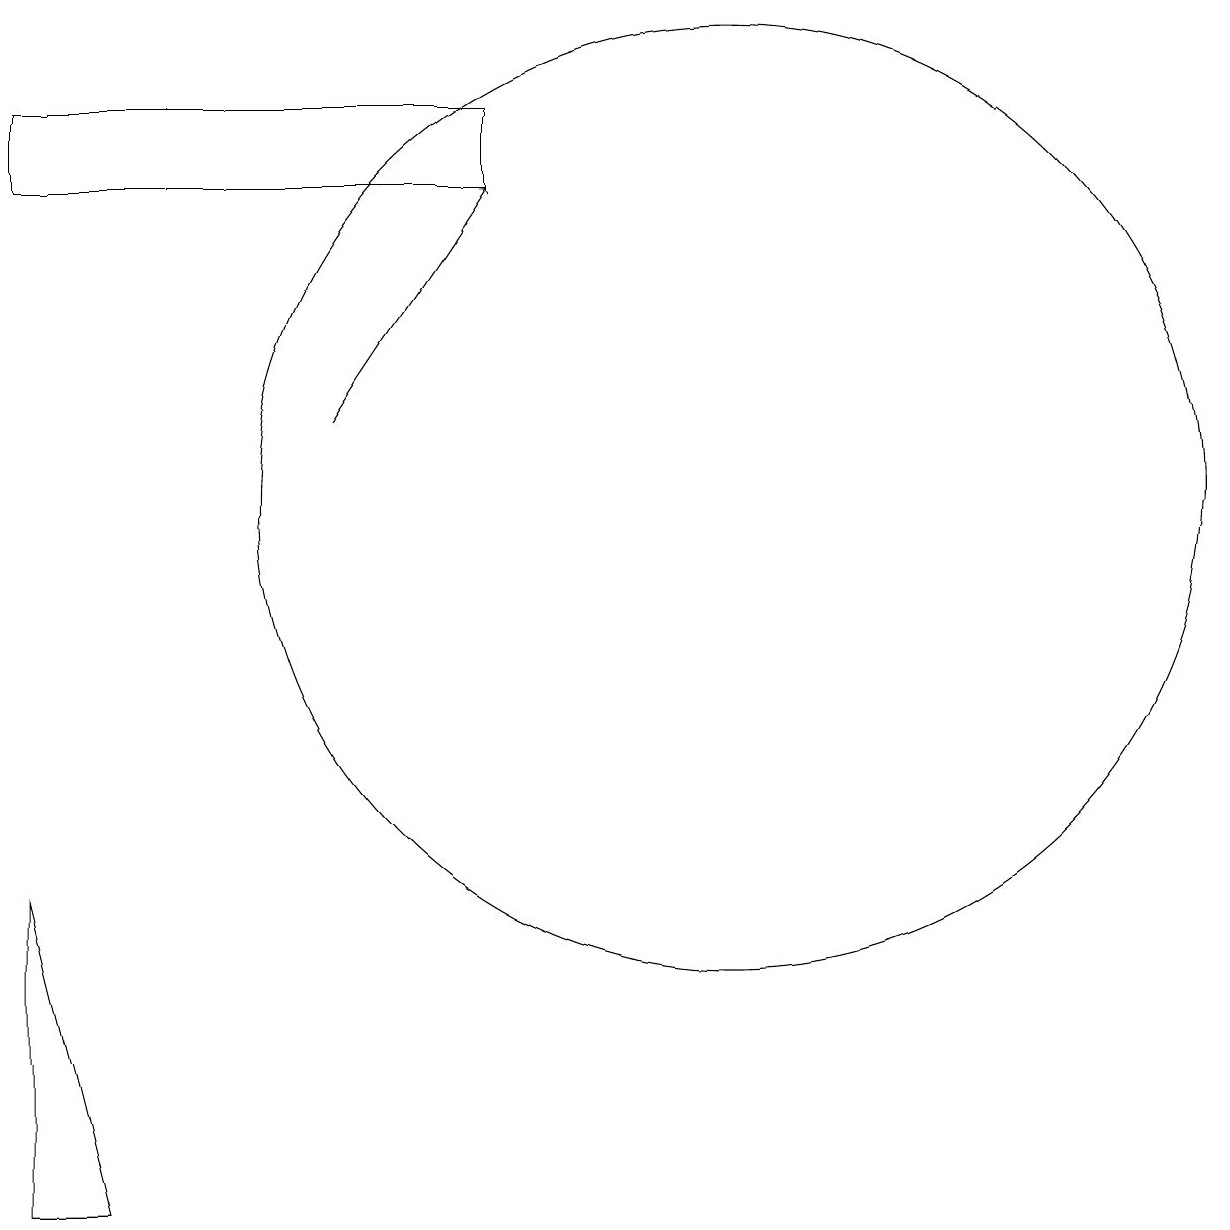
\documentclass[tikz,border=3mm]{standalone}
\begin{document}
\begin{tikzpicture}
\draw (2,15) rectangle (8,14);
\draw (11,10) circle (6);
\draw[->] (6,11) -- (8,14);
\draw (3,1) -- (2,5) -- (2,1) -- cycle;
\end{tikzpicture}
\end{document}